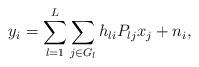
LaTeX: \begin{align*}y_i = \sum_{l=1}^L\sum_{j\in G_l} h_{li} P_{lj} x_j + n_i,\end{align*}